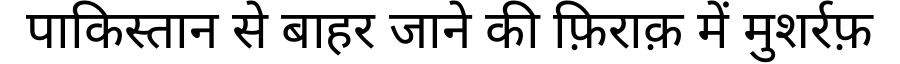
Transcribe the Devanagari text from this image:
पाकिस्तान से बाहर जाने की फ़िराक़ में मुशर्रफ़